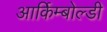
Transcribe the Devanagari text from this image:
आर्किम्बोल्डी